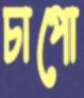
চাপো